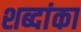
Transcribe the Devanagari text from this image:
शब्दांका